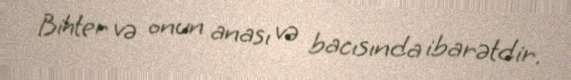
Bihter və onun anası və bacısında ibarətdir.